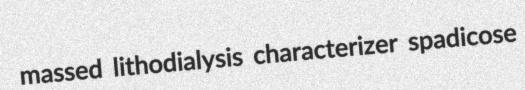
massed lithodialysis characterizer spadicose